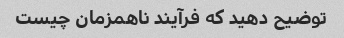
توضیح دهید که فرآیند ناهمزمان چیست